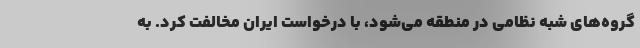
گروه‌های شبه نظامی در منطقه می‌شود، با درخواست ایران مخالفت کرد. به